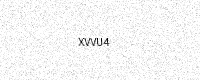
Text: XVVU4